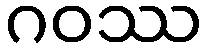
ဂဝဿ